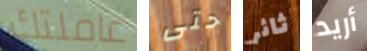
عاملتك حتى ثائر أريد